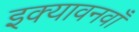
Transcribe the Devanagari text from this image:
इक्यावनवाँ